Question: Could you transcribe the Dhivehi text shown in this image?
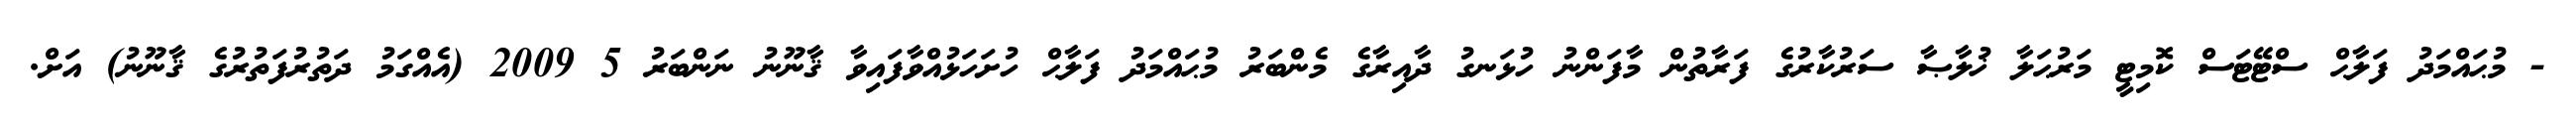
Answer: - މުޙައްމަދު ފަލާޙް ސްޓޭޓަސް ކޮމިޓީ މަރުޙަލާ ޚުލާޞާ ސަރުކާރުގެ ފަރާތުން މާފަންނު ހުޅަނގު ދާއިރާގެ މެންބަރު މުޙައްމަދު ފަލާޙް ހުށަހަޅުއްވާފައިވާ ޤާނޫނު ނަންބަރު 5 2009 (އެއްގަމު ދަތުރުފަތުރުގެ ޤާނޫނު) އަށް.